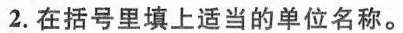
2.在括号里填上适当的单位名称。